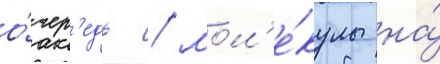
о́чер'едь / мол'е́кулы на́